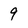
Character: 9